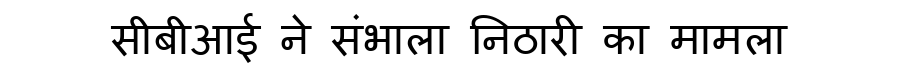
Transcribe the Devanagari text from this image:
सीबीआई ने संभाला निठारी का मामला